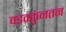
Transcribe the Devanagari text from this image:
वडक्कुंनतन